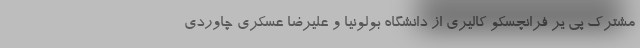
مشترک پی یر فرانچسکو کالیری از دانشگاه بولونیا و علیرضا عسکری چاوردی